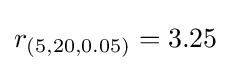
r_{(5,20,0.05)}=3.25